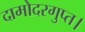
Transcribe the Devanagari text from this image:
दामोदरगुप्त।